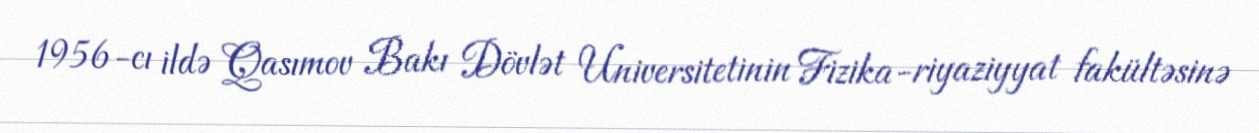
1956-cı ildə Qasımov Bakı Dövlət Universitetinin Fizika-riyaziyyat fakültəsinə